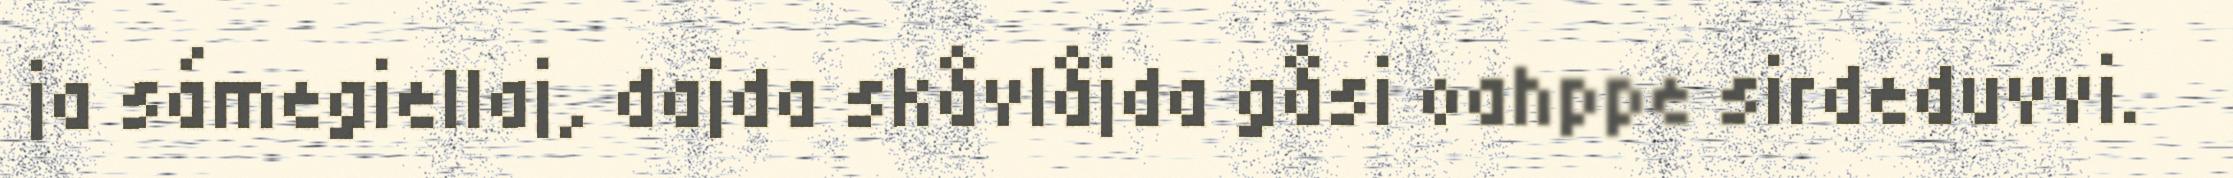
ja sámegiellaj, dajda skåvlåjda gåsi oahppe sirdeduvvi.